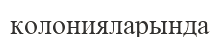
колонияларында